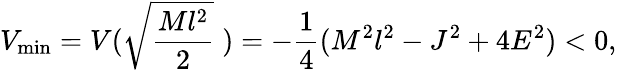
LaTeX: V_{\mathrm{min}}=V(\sqrt{\frac{Ml^{2}}{2}}\; )=-\frac{1}{4}(M^{2}l^{2}-J^{2}+4E^{2})<0,